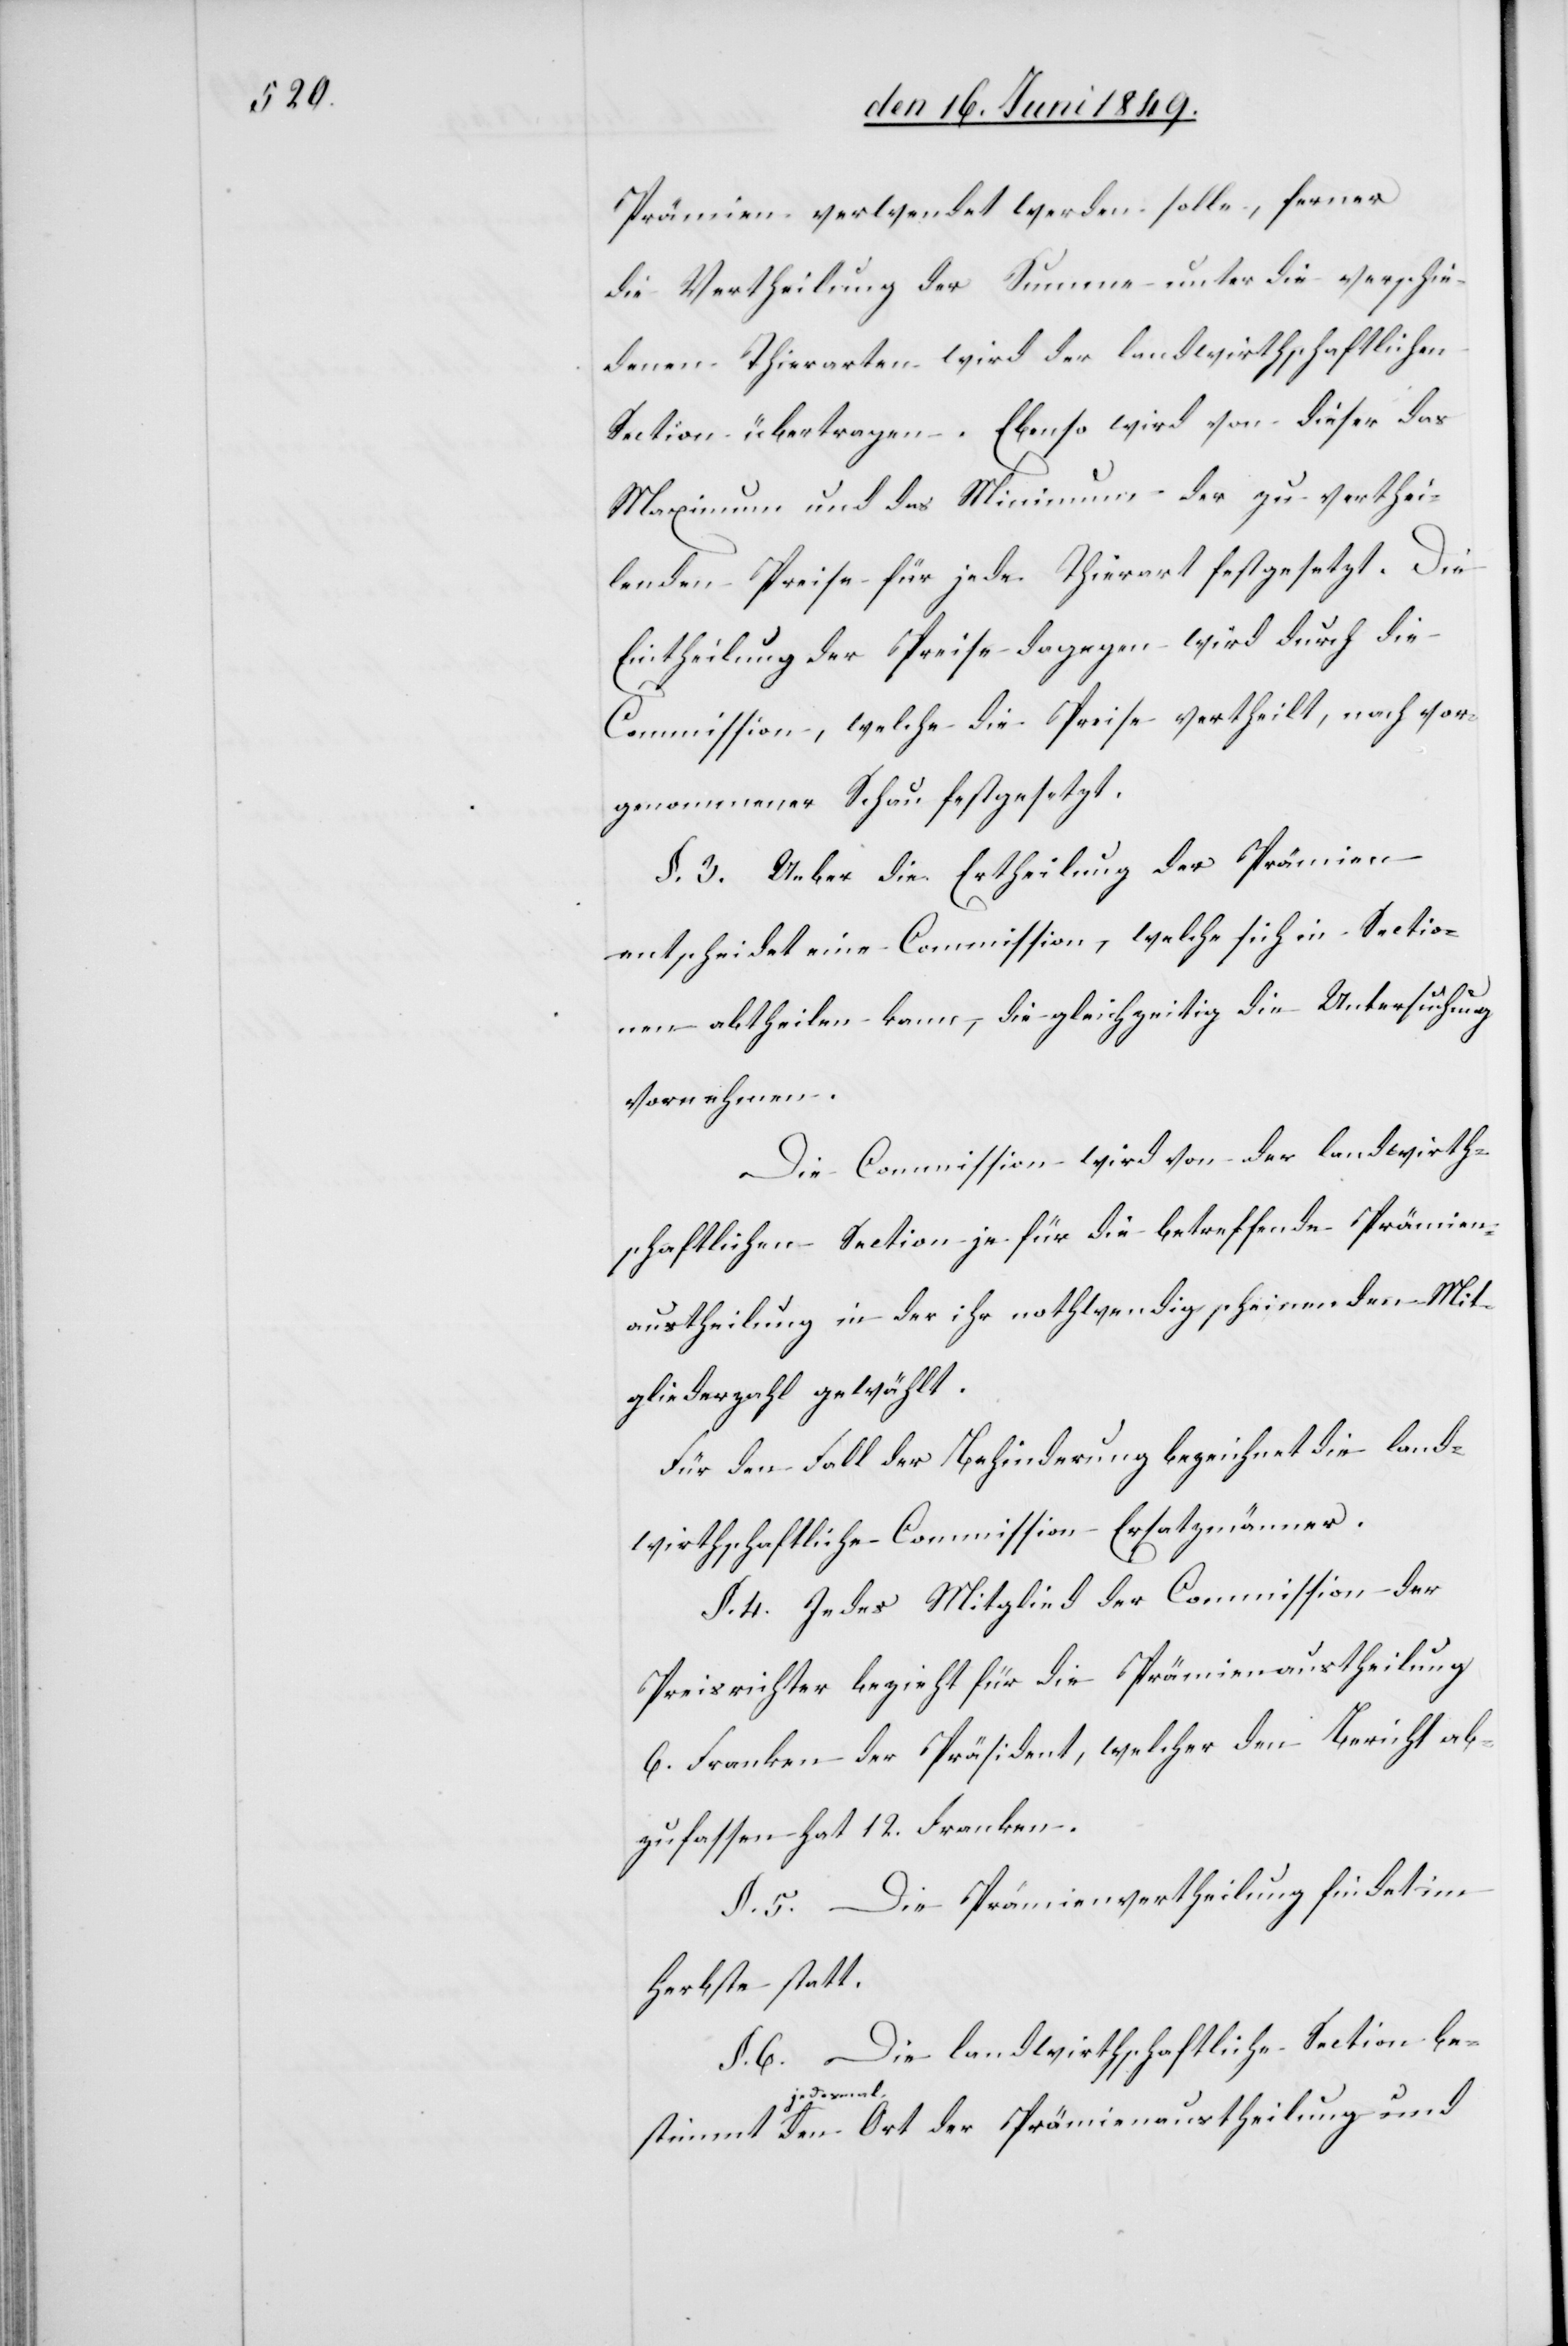
stimmt

Prämien verwendet werden solle, ferner
die Vertheilung der Summe unter die verschie¬
denen Thierarten wird der landwirthschaftlichen
Section übertragen. Ebenso wird von dieser das
Maximum und das Minimum der zu verthei¬
lenden Preise für jede Thierart festgesetzt. Die
Eintheilung der Preise dagegen wird durch die
Commission, welche die Preise vertheilt, noch vor¬
§. 3. Ueber die Ertheilung der Prämien
entscheidet eine Commission, welche sich in Sectio¬
nen abtheilen kann, die gleichwertig die Untersuchung
vornehmen.
Die Commission wird von der landwirth¬
schaftlichen Section je für die betreffende Prämien¬
austheilung in der ihr nothwendig scheinenden Mit¬
gliederzahl gewählt.
Für den Fall der Behinderung bezeichnet die land¬
wirthschaftliche Commission Ersatzmänner.
§. 4. Jedes Mitglied der Commission der
Preisrichter bezieht für die Prämienaustheilung
6. Franken der Präsident, welcher den Bericht ab¬
zufassen hat 12. Franken.
§. 5. Die Prämienvertheilung findet im
Herbste statt.
§. 6. Die landwirthschaftliche Section be¬
jede¬
smal den Ort der Prämienaustheilung und